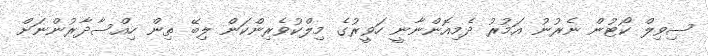
ސިވިލް ކޯޓުން ނެރުނު އަމުރު ދެމިއޮންނާނީ ހަވީރުގެ މިލްކުވެރިންކަން ލިބޭ ތިން ހިއްސާދާރުންނަށް